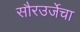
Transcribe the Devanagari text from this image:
सौरउर्जेचा